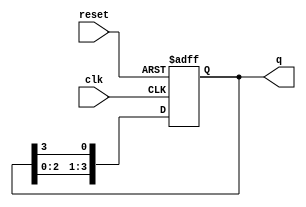
module bistable_ring_counter (
    input wire clk,        // Clock signal
    input wire reset,      // Asynchronous reset signal
    output reg [3:0] q     // 4-bit output representing the state of the counter
);

    // Initial state for the counter
    initial begin
        q = 4'b1000; // Start with the first flip-flop set to '1'
    end

    // Always block triggered on the rising edge of the clock or reset
    always @(posedge clk or posedge reset) begin
        if (reset) begin
            q <= 4'b1000; // Reset to initial state
        end else begin
            // Shift the '1' to the right
            q <= {q[2:0], q[3]}; // Circular shift
        end
    end

endmodule